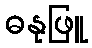
ဓနုဖြူ